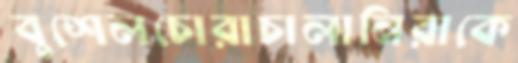
বুশেলচোরাচালানিরাকে